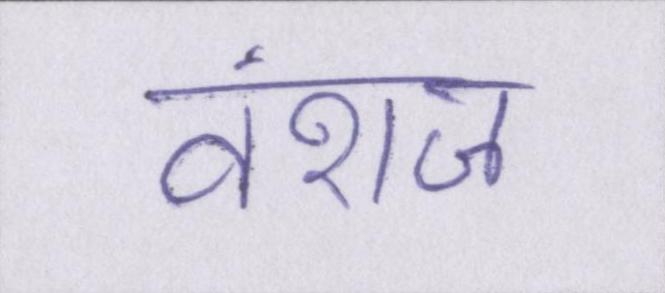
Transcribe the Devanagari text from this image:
वंशज